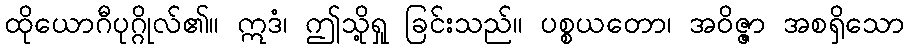
ထိုယောဂီပုဂ္ဂိုလ်၏။ ဣဒံ၊ ဤသို့ရှု ခြင်းသည်။ ပစ္စယတော၊ အဝိဇ္ဇာ အစရှိသော